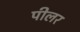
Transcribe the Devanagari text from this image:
पीलर